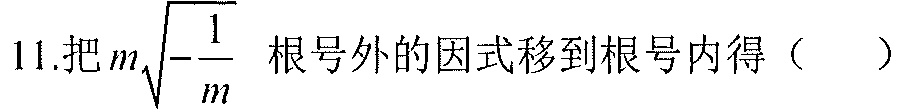
11.把\(m\sqrt{-\frac{1}{m}}\) 根号外的因式移到根号内得（  ）